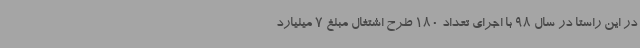
در این راستا در سال 98 با اجرای تعداد 180 طرح اشتغال مبلغ 7 میلیارد